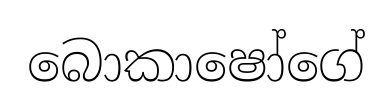
බොකාෂෝගේ